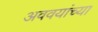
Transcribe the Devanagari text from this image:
अववयांच्या